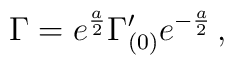
\Gamma = e^{a\over 2} \Gamma'_{(0)} e^{-{a\over 2}}\, ,